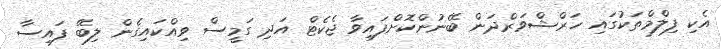
އެކި ފިލްމްތަކުގައި ހަރްޝްވަރްދަން ބޭނުންކޮށްފައިވާ ޖެކެޓް އަދި ގަމީސް ވިއްކައިގެން ލިބޭ ފައިސާ